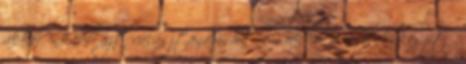
akkor inkább azt választanám, ha nem akkor a nyalókakészítő